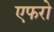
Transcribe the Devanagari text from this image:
एफरो